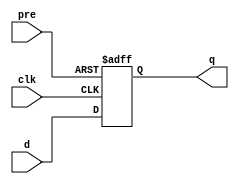
module my_dffs_n (
    input d,
    clk,
    pre,
    output reg q
);
  always @(posedge clk or negedge pre)
    if (!pre) q <= 1'b1;
    else q <= d;
endmodule